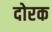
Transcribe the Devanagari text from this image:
दोरक